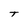
Character: T